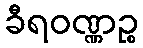
ခီရဝဏ္ဏဉ္စ